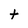
Character: t